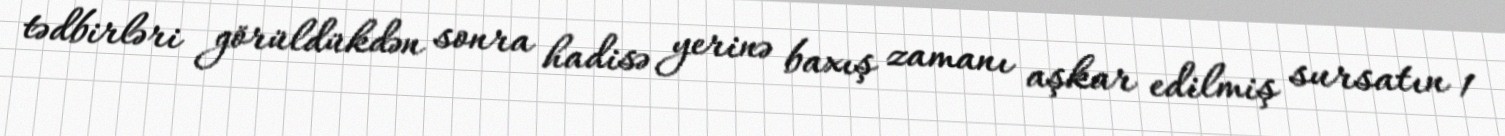
tədbirləri görüldükdən sonra hadisə yerinə baxış zamanı aşkar edilmiş sursatın 1